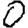
Digit: 0